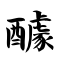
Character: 醵